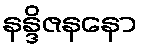
နန္ဒိဇနနော